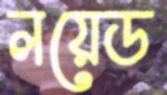
লয়েড